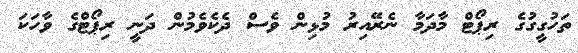
ތަހުގީގުގެ ރިޕޯޓް މާދަމާ ނެރޭއިރު މުޅިން ވެސް ދެކެވެމުން ދަނީ ރިޕޯޓްގެ ވާހަކަ